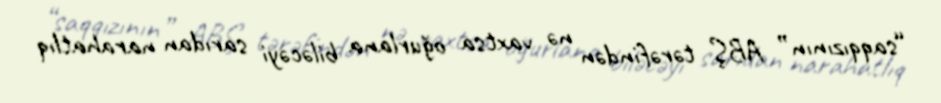
“saqqızının” ABŞ tərəfindən nə vaxtsa oğurlana biləcəyi sarıdan narahatlıq